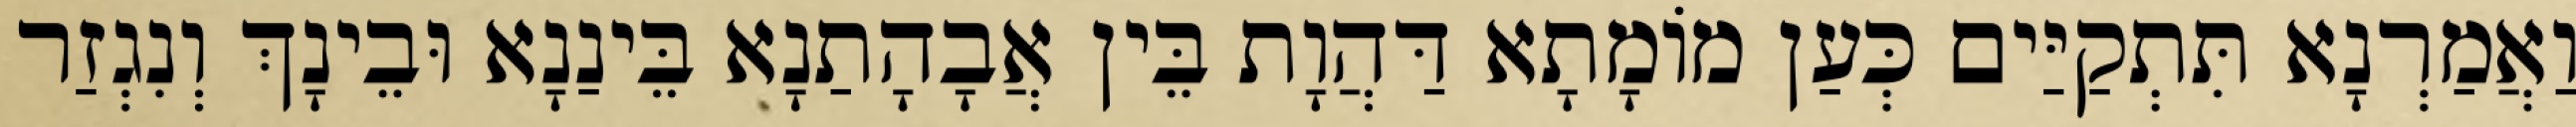
וַאֲמַרְנָא תִּתְקַיַּים כְּעַן מוֹמָתָא דַּהֲוָת בֵּין אֲבָהָתַנָא בֵּינַנָא וּבֵינָךְ וְנִגְזַר